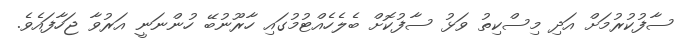
ސާފުކުރުމަށް އަދި މިސްކިތު ވަޅު ސާފުކޮށް ބެލެހެއްޓުމުގައި ހާރޫނުބޭ ހުންނަނީ އަރުވާ ޖަހާފައެވެ.